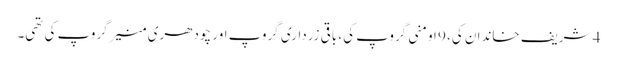
4 شریف خاندان کی، 9 اومنی گروپ کی، باقی زرداری گروپ اور چودھری منیر گروپ کی تھی۔